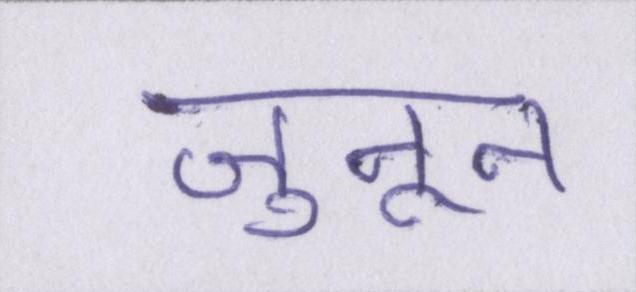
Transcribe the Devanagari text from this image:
जुनून